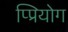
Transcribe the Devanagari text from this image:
प्प्रियोग